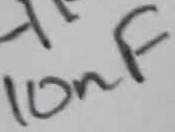
Text: 10nF